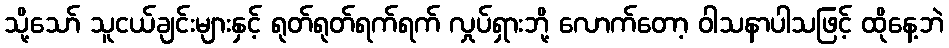
သို့သော် သူငယ်ချင်းများနှင့် ရုတ်ရုတ်ရက်ရက် လှုပ်ရှားဘို့ လောက်တော့ ဝါသနာပါသဖြင့် ထိုနေ့ဘဲ